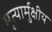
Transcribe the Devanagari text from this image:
मृत्यार्मुक्षीय